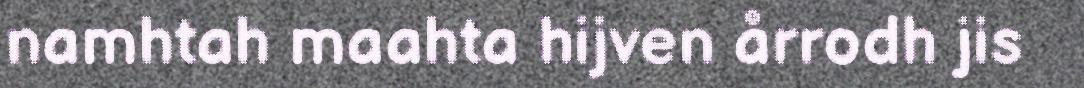
namhtah maahta hijven årrodh jis